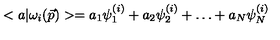
< a | \omega _ { i } ( \vec { p } ) > = a _ { 1 } \psi _ { 1 } ^ { ( i ) } + a _ { 2 } \psi _ { 2 } ^ { ( i ) } + \ldots + a _ { N } \psi _ { N } ^ { ( i ) }